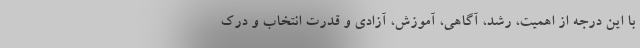
با این درجه از اهمیت، رشد، آگاهی، آموزش، آزادی و قدرت انتخاب و درک